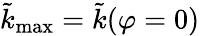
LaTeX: \tilde{k}_{\mathrm{max}}=\tilde{k}(\varphi=0)